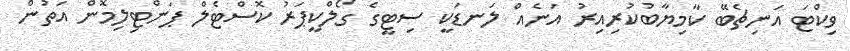
ވިކްޓަ އަނިޗެބޭ ކާމިޔާބުކުރިއިރު އަނެއް ލަނޑަކީ ސިޓީގެ ގޯލްކީޕަރު ކޮސްޓެލް ޕަންޓިލިމޮން އަތުން